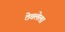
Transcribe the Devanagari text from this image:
ठेचलेला